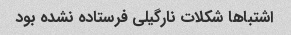
اشتباها شکلات نارگیلی فرستاده نشده بود